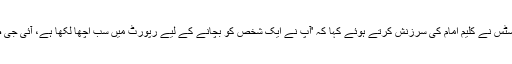
چیف جسٹس نے کلیم امام کی سرزنش کرتے ہوئے کہا کہ 'آپ نے ایک شخص کو بچانے کے لیے رپورٹ میں سب اچھا لکھا ہے، آئی جی صاحب!